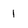
Character: 1